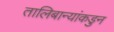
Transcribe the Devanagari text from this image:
तालिबान्यांकडुन